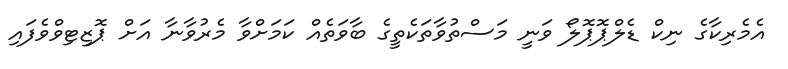
އެމެރިކާގެ ނިކް ޑެލްޕޮޕޮލޯ ވަނީ މަސްތުވާތަކެތީގެ ބާވަތެއް ކަމަށްވާ މެރުވާނާ އަށް ޕޮޒިޓިވްވެފައި